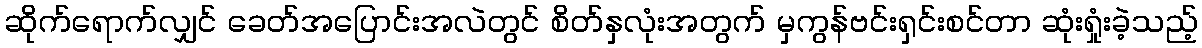
ဆိုက်ရောက်လျှင် ခေတ်အပြောင်းအလဲတွင် စိတ်နှလုံးအတွက် မှကွန်ဗင်းရှင်းစင်တာ ဆုံးရှုံးခဲ့သည့်